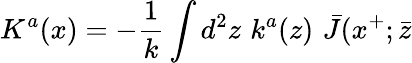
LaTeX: K^{a}(x)=-{\frac{1}{k}}\int d^{2}z\, \, k^{a}(z)\, \, \bar{J}(x^{+};\bar{z}